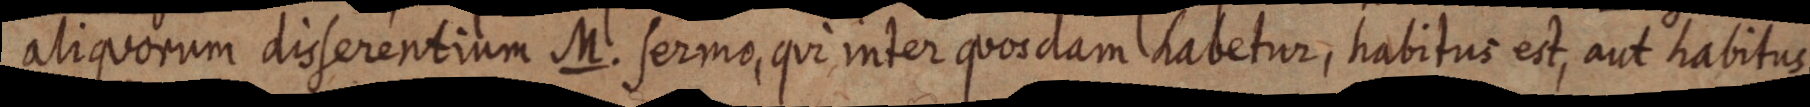
aliquorum disserentium M. sermo, qui inter quosdam habetur, habitus est, aut habitus